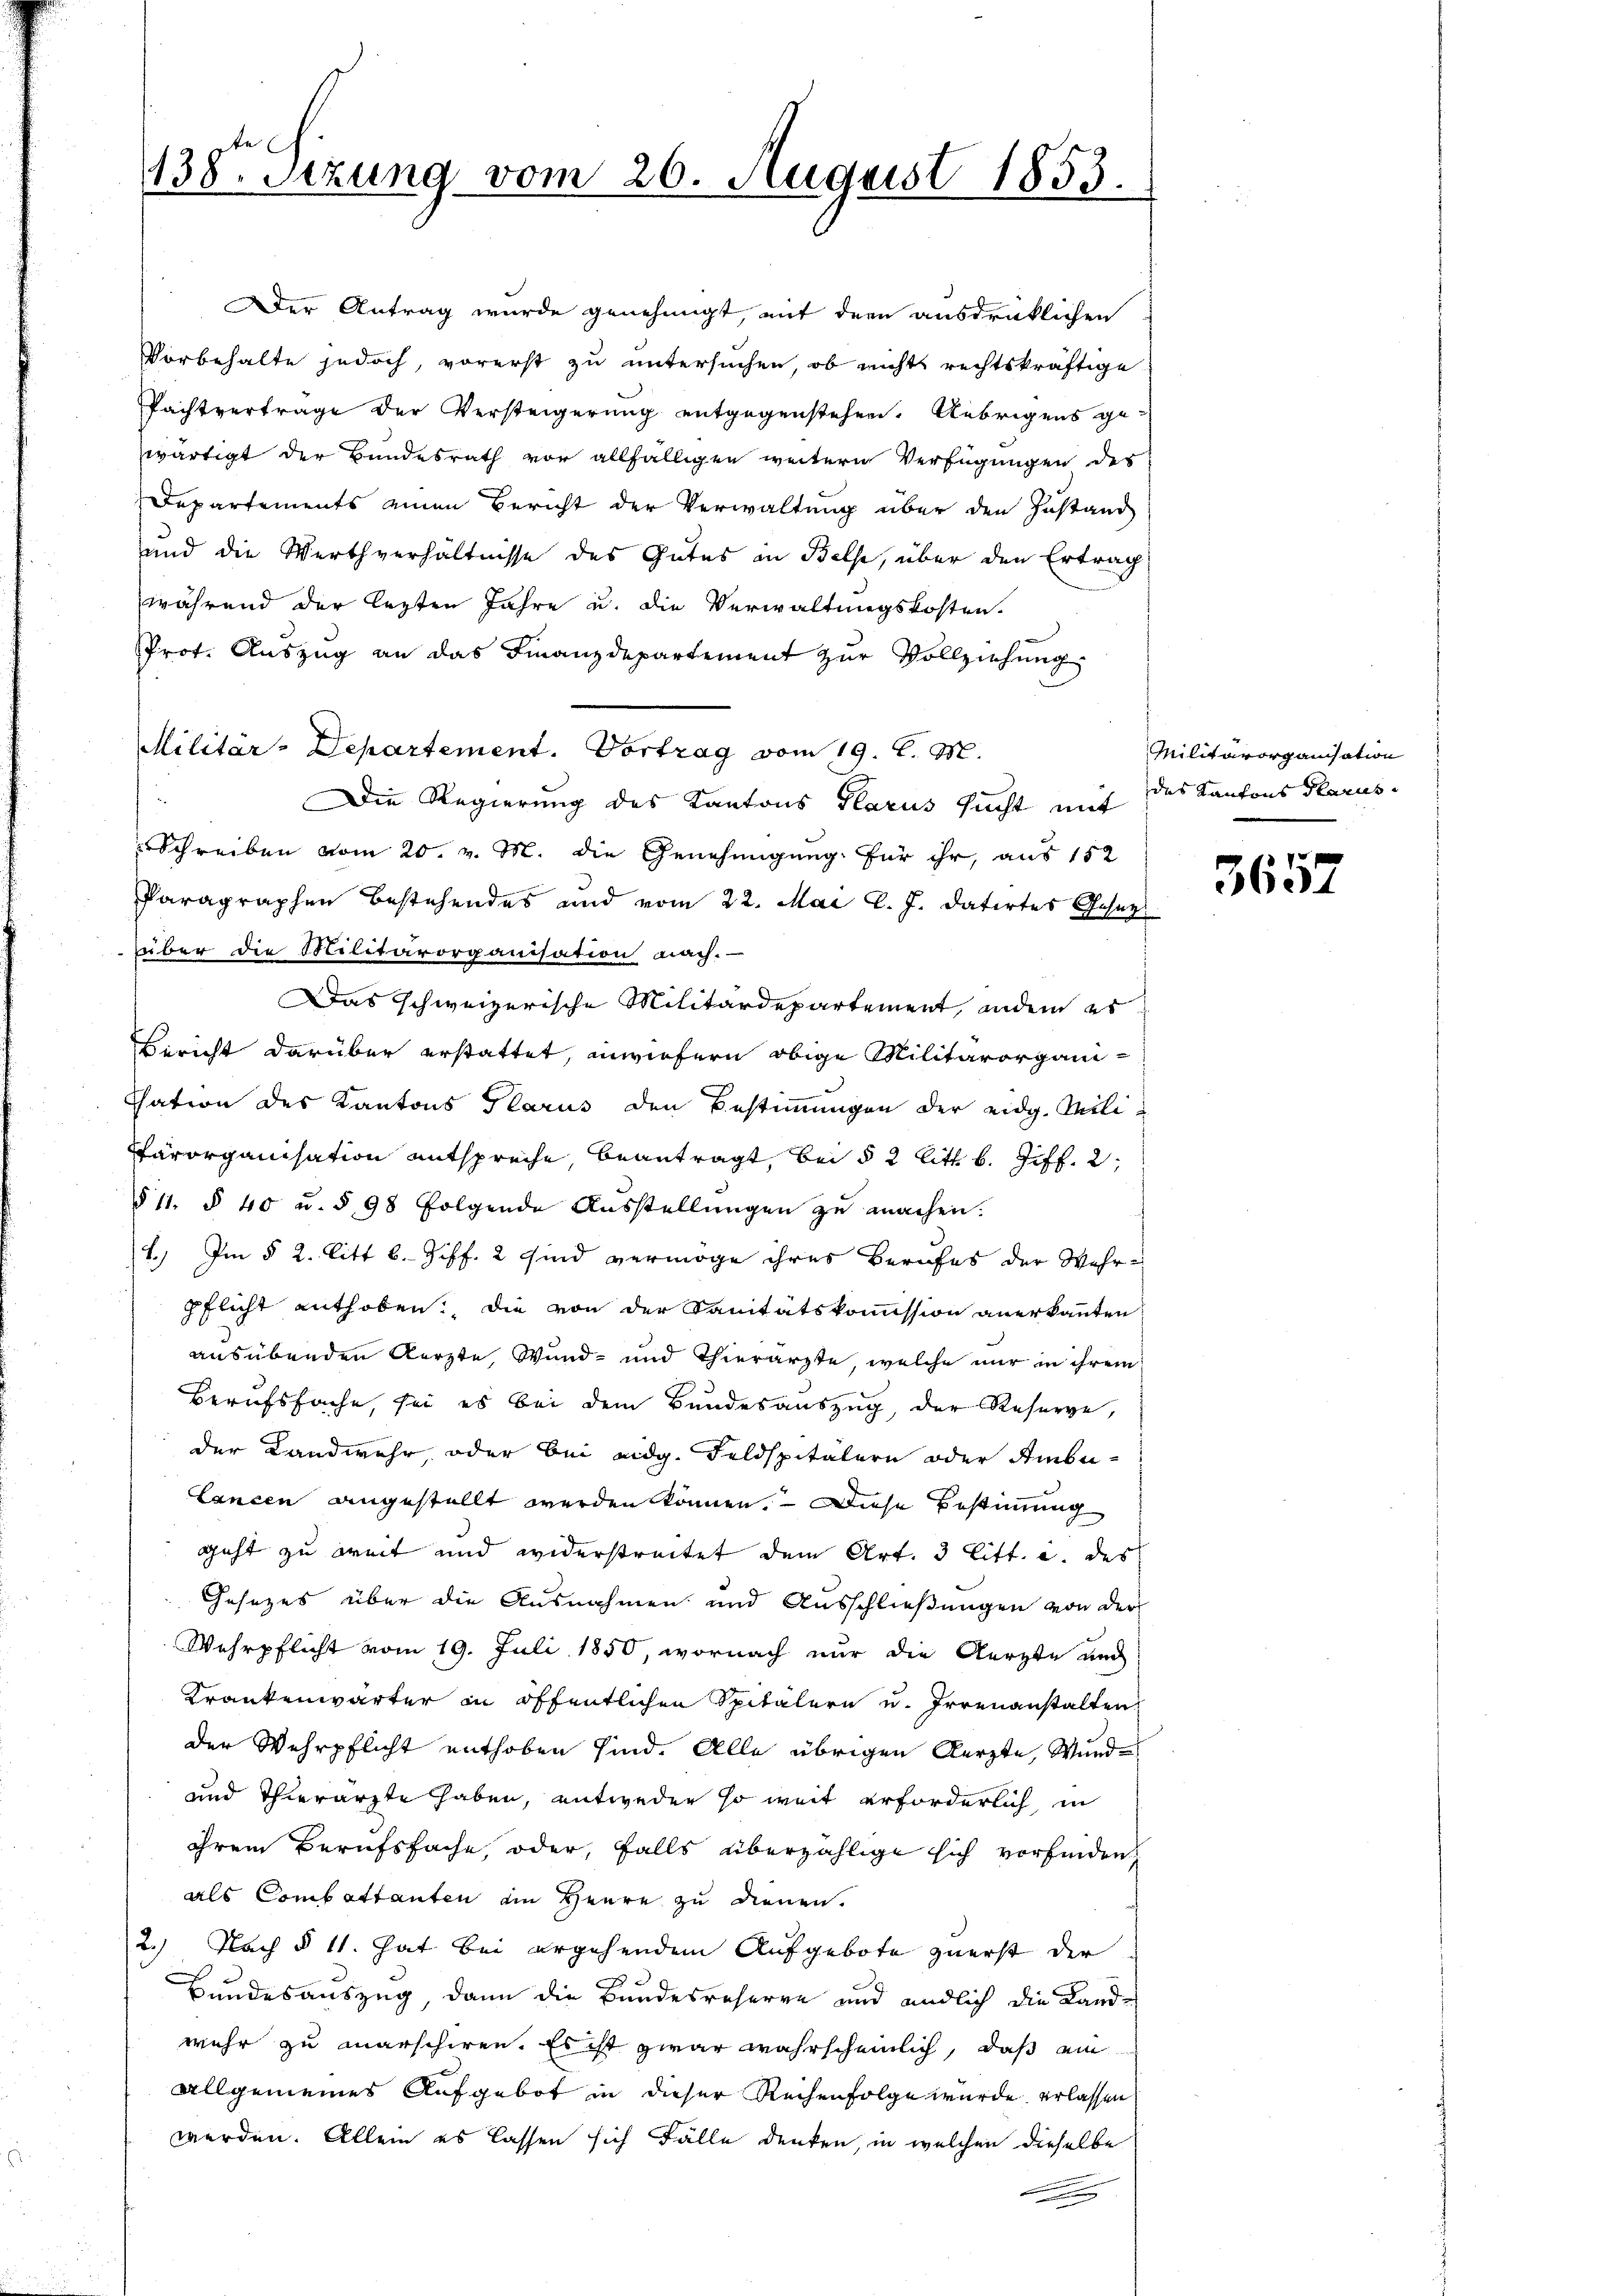
138. Sezung vom 26. August 1853.

Der Antrag wurde genehmigt, mit der ausdrücklichen
Vorbehalte jedoch, vorerst zu untersuchen, ob nichts rechtskräftige
Pachtvertrage der Versteigerung entgegenstehen. Uebrigens ge-
zwärtigt der Bundesrath vor allfälligen weitern Verfügungen des
Departements einen Bericht der Verwaltung über den Instand
und die Werthverhältnisse des Gutes in Belse, über den Ertrag
während der lezten Jahre u. die Verwaltungskosten.
Prot. Auszug an das Finanzdepartement zur Vollziehung.
Militar-Departement. Vortrag vom 19. d. M.
Die Regierung des Kantons Glarus sucht mit des Kantons Glarus¬
Schreiben vom 20. v. M. die Genehmigung für ihr, aus 152
Paragraphen bestehendes und vom 22. Mai l. J. datirtes Gesetzüber die Militärorganisation nach.
Das schweizerische Militärdepartement, andern es
Bericht darüber erstattet, anwiefern obige Militärorgani-
Chation des Kantons Glarus den Bestimmungen der eidg. Mili¬
Pärorganisation entspreche beantragt, bei § 2 litt. b. Ziff. 2,
§ 11. § 40 u. § 98 folgende Ausstellungen zu machen.
1.) Im § 2. litt b. Ziff. 2 sind vermöge ihres Berufes der Wahr-
Pflicht enthoben, die von der Sanitätskommission anerkannten
ausübenden Aerzte Wund- und Thierarzte, welche nur in ihrem
Berufsfache, sei es bei dem Bundesauszug, der Reserve,
der Landwehr, oder bei eidg. Feldspitälern oder Ambu-
Lanzen angestellt werden können. Diese Bestimmung
geht zu breit und widerstreitet dem Art. 3 litt. und des
Gesezes über die Ausnahmen und Ausschließungen von der
Wehrpflicht vom 19. Juli 1850, wornach nur die Aerzte und
Krankenwärter in öffentlichen Spitalern u. Irrenanstalten
der Wehrpflicht enthoben sind. Alle übrigen Aerzte, Wund¬
und Thierarzte haben, entweder so weit erforderlich, in
ihrem Berufsfache, oder, falls überzählige sich vorfinden.
als Combettanten die Heure zu dienen.
2.) Nach § 11. hat bei ergehendem Aufgebote zuerst der
Bundesauszug, dann die Bundesreserve und endlich die Landwehr zu marschiren. Es ist zwar wahrscheinlich, daß ein
Allgemeines Aufgebot in dieser Reihenfolge wurde erlassen
werden. Allein es lassen sich Fälle denken, in welchen dieselbe
e

Militärorganisation

3657